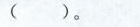
（ ）。